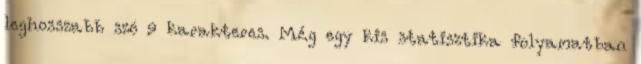
leghosszabb szó 9 karakteres. Még egy kis statisztika folyamatban